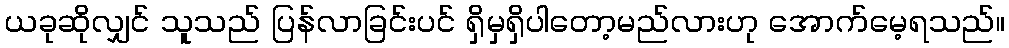
ယခုဆိုလျှင် သူသည် ပြန်လာခြင်းပင် ရှိမှရှိပါတော့မည်လားဟု အောက်မေ့ရသည်။